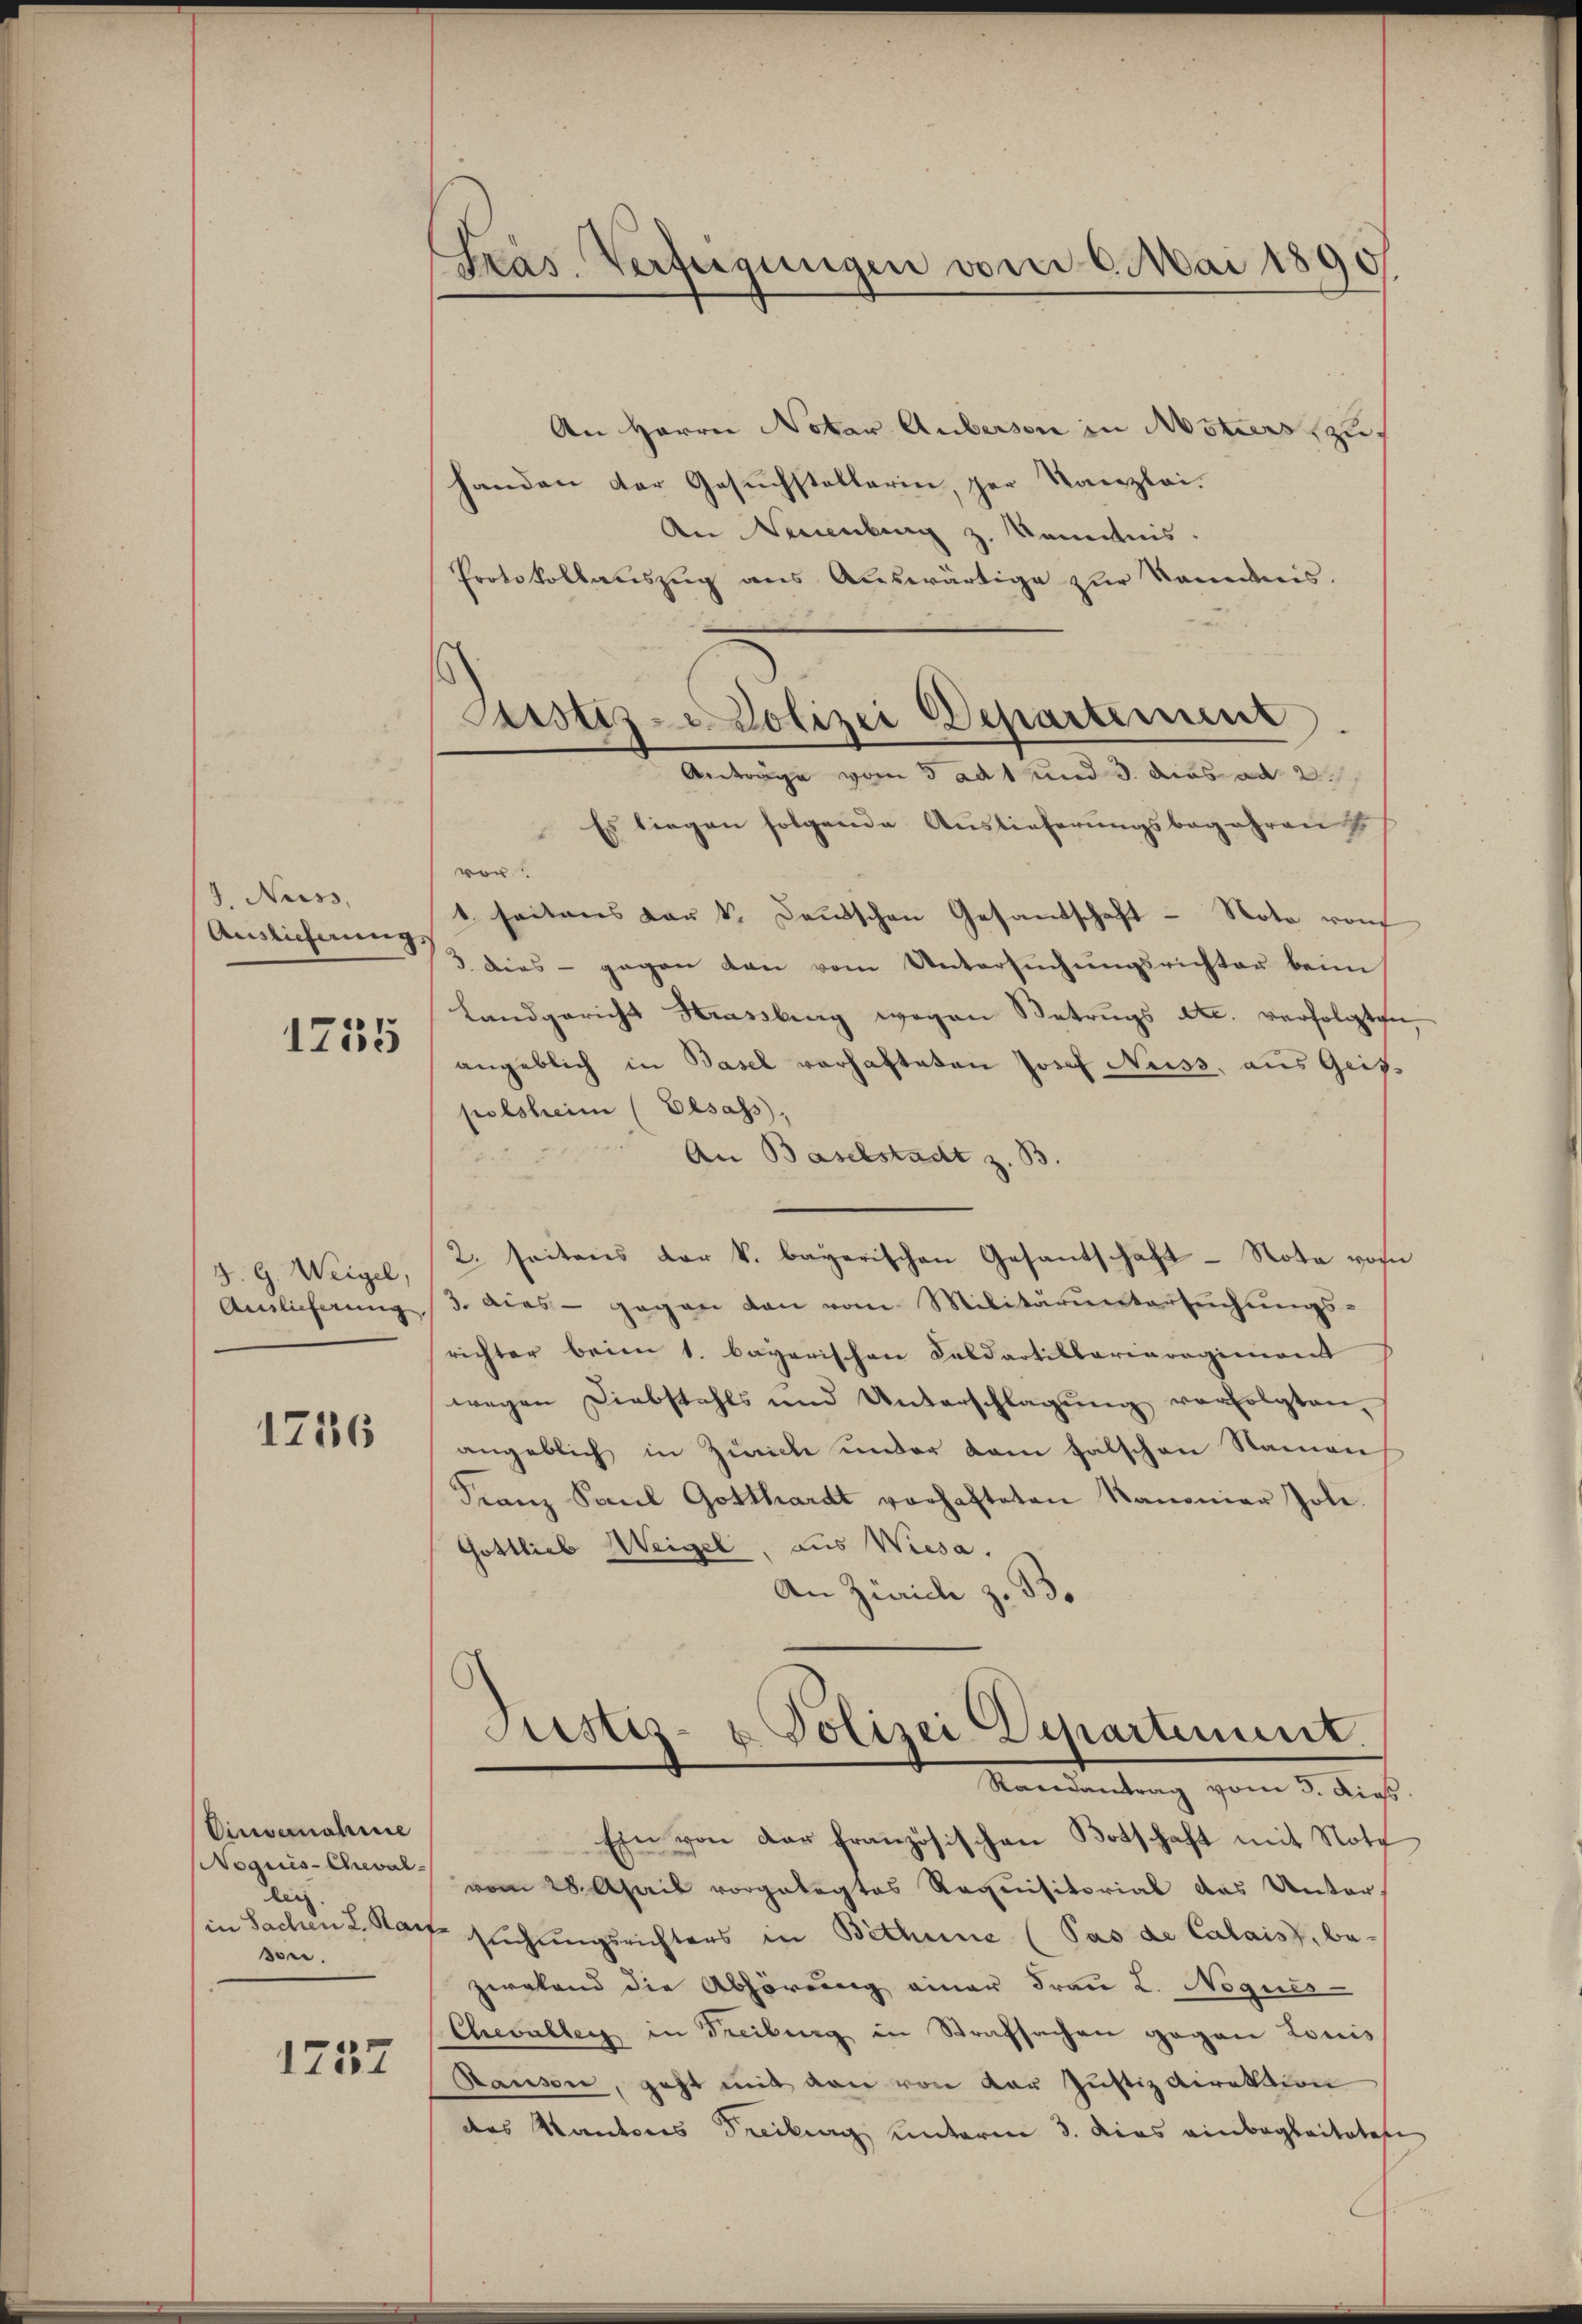
J. Nuss,
Auslieferung,

1755

J. G. Weigel,
Anlieferung

1716

Einvernahme
Noquis-Cheval-
lich
in Sachen L. Kai
son.

1737

Pras. Verfügungen vom 6. Mai 1890

An Herrn Notar Aubersen in Notiers zu
handen der Gesuchstellerin, der Kanzlei.
An Neuenburg z. Kenntnis.
Protokollauszug aus Auswärtige zur Sandnis.
Es liegen folgende Auslieferungsbegehren
vor
1 seitens der k. Deutschen Gesandschaft - Note von
3 dies - gegen dann vom Untersŭchŭngsrichter beim
Landgericht Strassburg wegen Betrugs etc. verfolgten,
angeblich in Basel verhafteten Josef Nuss, aus Geis
polsheim (Elsass,
An Baselstadt z. B.
2. seitens der k. bayerischen Gesantschaft - Nota vom
3. dies - gegen den vom Militäruntersuchungs-
richter beim 1. bayerischen Feldartillariaregiment
wegen Diebstahls und Unterschlagung verfolgten,
angeblich in Zürich under dem falschen Namen
Franz Paul Gotthardt vorhafteten Kanonier Jole.
Gottlieb Weigel. aus Wiesa.
An Zürich z. B.

Justiz - Polizei Departement
Anträge vom 3 Art und 3. dies ad 2

Justiz- & Polizei Departement.
Randantrag vom 3. dies

Ein von der französischen Botschaft mit Note
vom 28. April vorgelegtes Requisitorial das Unter
t suchungsrichters in Bethene (Pas de Calais, be-
zweland die Abhörung einer Frau L. Noques-
Chevaller in Treiburg in Strafsachen gegen Louis
Hausen, geht mit den von der Justizdirektion
des Kantons Freiburg unterm 3. Dies einbegleitetese